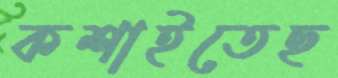
কশাইতেছ